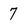
Character: 7